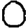
Digit: 0